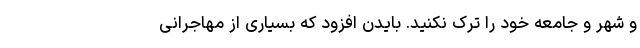
و شهر و جامعه خود را ترک نکنید. بایدن افزود که بسیاری از مهاجرانی